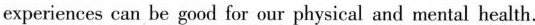
experiences can be good for our physical and mental health.